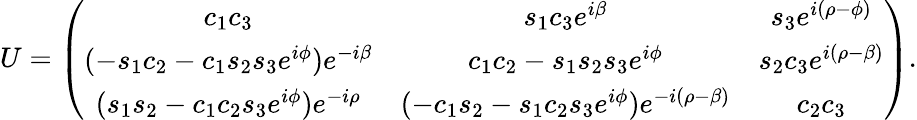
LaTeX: U=\left(\begin{array}{ccc}{{c_{1}c_{3}}}&{{s_{1}c_{3}e^{i\beta}}}&{{s_{3}e^{i(\rho-\phi)}}}\\ {{(-s_{1}c_{2}-c_{1}s_{2}s_{3}e^{i\phi})e^{-i\beta}}}&{{c_{1}c_{2}-s_{1}s_{2}s_{3}e^{i\phi}}}&{{s_{2}c_{3}e^{i(\rho-\beta)}}}\\ {{(s_{1}s_{2}-c_{1}c_{2}s_{3}e^{i\phi})e^{-i\rho}}}&{{(-c_{1}s_{2}-s_{1}c_{2}s_{3}e^{i\phi})e^{-i(\rho-\beta)}}}&{{c_{2}c_{3}}}\end{array}\right).